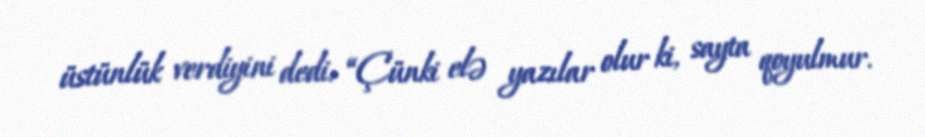
üstünlük verdiyini dedi: “Çünki elə yazılar olur ki, sayta qoyulmur.